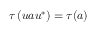
\tau \left( u a u ^ { * } \right) = \tau ( a )